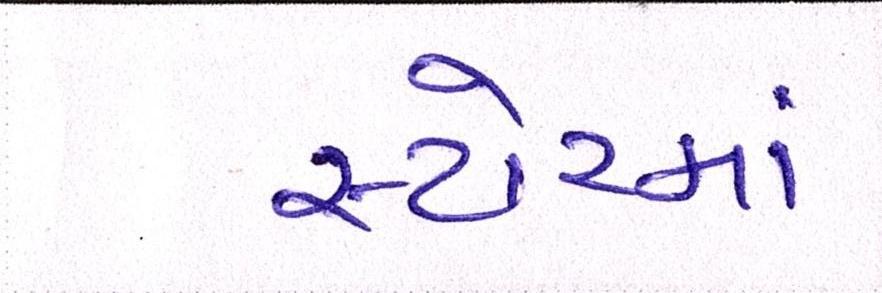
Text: સ્ટોરમાં